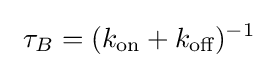
\ \tau _{B}=(k_{\text{on}}+k_{\text{off}})^{-1}